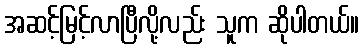
အဆင့်မြင့်လာပြီလို့လည်း သူက ဆိုပါတယ်။